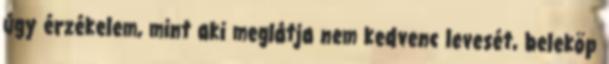
úgy érzékelem, mint aki meglátja nem kedvenc levesét, beleköp